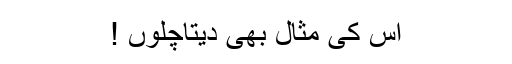
اس کی مثال بھی دیتاچلوں !